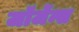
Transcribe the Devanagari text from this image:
जॉर्जेन्स